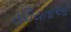
રચિયતાઓ